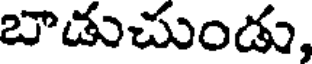
బాడుచుండు,